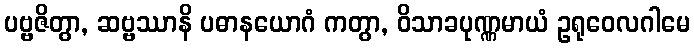
ပဗ္ဗဇိတွာ, ဆဗ္ဗဿာနိ ပဓာနယောဂံ ကတွာ, ဝိသာခပုဏ္ဏမာယံ ဥရုဝေလဂါမေ